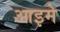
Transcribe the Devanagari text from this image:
आइमे